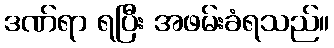
ဒဏ်ရာ ရပြီး အဖမ်းခံရသည်။